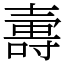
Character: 𡔽